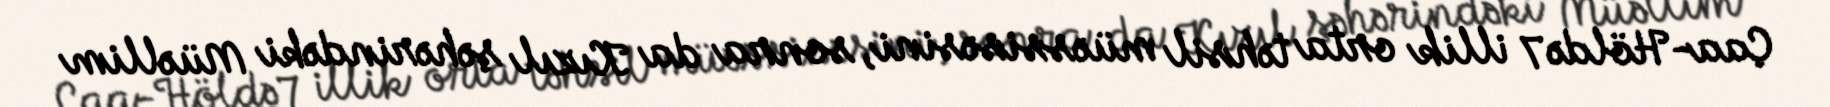
Çaa-Höldə 7 illik orta təhsil müəssisəsini, sonra da Kızıl şəhərindəki Müəllim